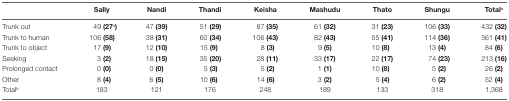
<table><thead><tr><td></td><td><b>Sally</b></td><td><b>Nandi</b></td><td><b>Thandi</b></td><td><b>Keisha</b></td><td><b>Mashudu</b></td><td><b>Thato</b></td><td><b>Shungu</b></td><td><b>Total<sup>c</sup></b></td></tr></thead><tbody><tr><td>Trunk out</td><td>49 <b>(27<sup>a</sup>)</b></td><td>47 <b>(39)</b></td><td>51 <b>(29)</b></td><td>87 <b>(35)</b></td><td>61 <b>(32)</b></td><td>31 <b>(23)</b></td><td>106 <b>(33)</b></td><td>432 <b>(32)</b></td></tr><tr><td>Trunk to human</td><td>106 <b>(58)</b></td><td>38 <b>(31)</b></td><td>60 <b>(34)</b></td><td>106 <b>(43)</b></td><td>82 <b>(43)</b></td><td>55 <b>(41)</b></td><td>114 <b>(36)</b></td><td>561 <b>(41)</b></td></tr><tr><td>Trunk to object</td><td>17 <b>(9)</b></td><td>12 <b>(10)</b></td><td>15 <b>(9)</b></td><td>8 <b>(3)</b></td><td>9 <b>(5)</b></td><td>10 <b>(8)</b></td><td>13 <b>(4)</b></td><td>84 <b>(6)</b></td></tr><tr><td>Seeking</td><td>3 <b>(2)</b></td><td>18 <b>(15)</b></td><td>35 <b>(20)</b></td><td>28 <b>(11)</b></td><td>33 <b>(17)</b></td><td>22 <b>(17)</b></td><td>74 <b>(23)</b></td><td>213 <b>(16)</b></td></tr><tr><td>Prolonged contact</td><td>0 <b>(0)</b></td><td>0 <b>(0)</b></td><td>5 <b>(3)</b></td><td>5 <b>(2)</b></td><td>1 <b>(1)</b></td><td>10 <b>(8)</b></td><td>5 <b>(2)</b></td><td>26 <b>(2)</b></td></tr><tr><td>Other</td><td>8 <b>(4)</b></td><td>6 <b>(5)</b></td><td>10 <b>(6)</b></td><td>14 <b>(6)</b></td><td>3 <b>(2)</b></td><td>5 <b>(4)</b></td><td>6 <b>(2)</b></td><td>52 <b>(4)</b></td></tr><tr><td>Total<sup>b</sup></td><td>183</td><td>121</td><td>176</td><td>248</td><td>189</td><td>133</td><td>318</td><td>1,368</td></tr></tbody></table>